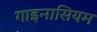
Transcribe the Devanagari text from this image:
गाइनासियम